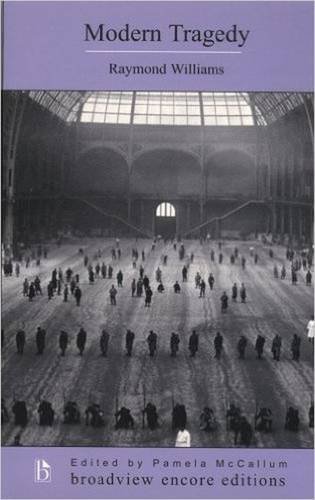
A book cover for Modern Tragedy; Raymond Williams; Literature & Fiction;